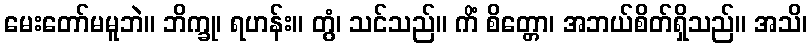
မေးတော်မမူဘဲ။ ဘိက္ခု၊ ရဟန်း။ တွံ၊ သင်သည်။ ကိံ စိတ္တော၊ အဘယ်စိတ်ရှိသည်။ အသိ၊